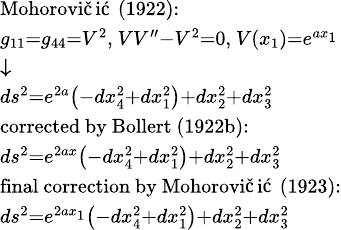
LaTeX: {\scriptstyle{\begin{array}{l}{{\mathrm{Mohorovičić~(1922):}}}\\ {g_{11}=g_{44}=V^{2},\ VV^{\prime\prime}-V^{2}=0,\ V\left(x_{1}\right)=e^{ax_{1}}}\\ {{\boldsymbol{\downarrow}}}\\ {ds^{2}=e^{2a}\left(-dx_{4}^{2}+dx_{1}^{2}\right)+dx_{2}^{2}+dx_{3}^{2}}\\ {{\mathrm{corrected~by~Bollert~(1922b):}}}\\ {ds^{2}=e^{2ax}\left(-dx_{4}^{2}+dx_{1}^{2}\right)+dx_{2}^{2}+dx_{3}^{2}}\\ {{\mathrm{final~correction~by~Mohorovičić~(1923):}}}\\ {ds^{2}=e^{2ax_{1}}\left(-dx_{4}^{2}+dx_{1}^{2}\right)+dx_{2}^{2}+dx_{3}^{2}}\end{array}}}